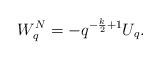
LaTeX: \begin{align*}W_q^N = -q^{-\frac{k}{2}+1}U_q.\end{align*}